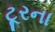
ટૂરના